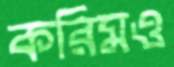
করিমও